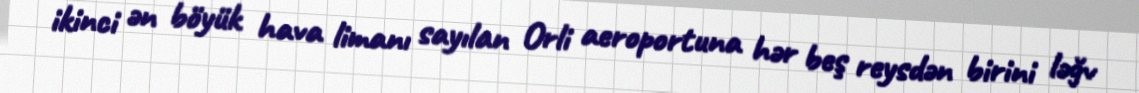
ikinci ən böyük hava limanı sayılan Orli aeroportuna hər beş reysdən birini ləğv